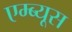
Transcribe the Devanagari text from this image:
एम्ब्यूस